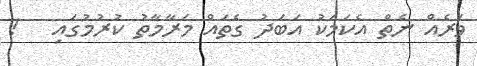
ވަރެއް ނެތް އެކަމަކު އަބަދު ގެތައް މަރާމާތު ކުރުމުގައި   !